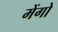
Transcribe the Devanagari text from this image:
मेंगो